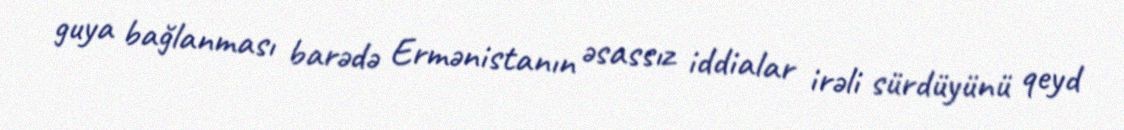
guya bağlanması barədə Ermənistanın əsassız iddialar irəli sürdüyünü qeyd